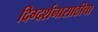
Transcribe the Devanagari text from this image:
दिग्दर्शनासाठीचा